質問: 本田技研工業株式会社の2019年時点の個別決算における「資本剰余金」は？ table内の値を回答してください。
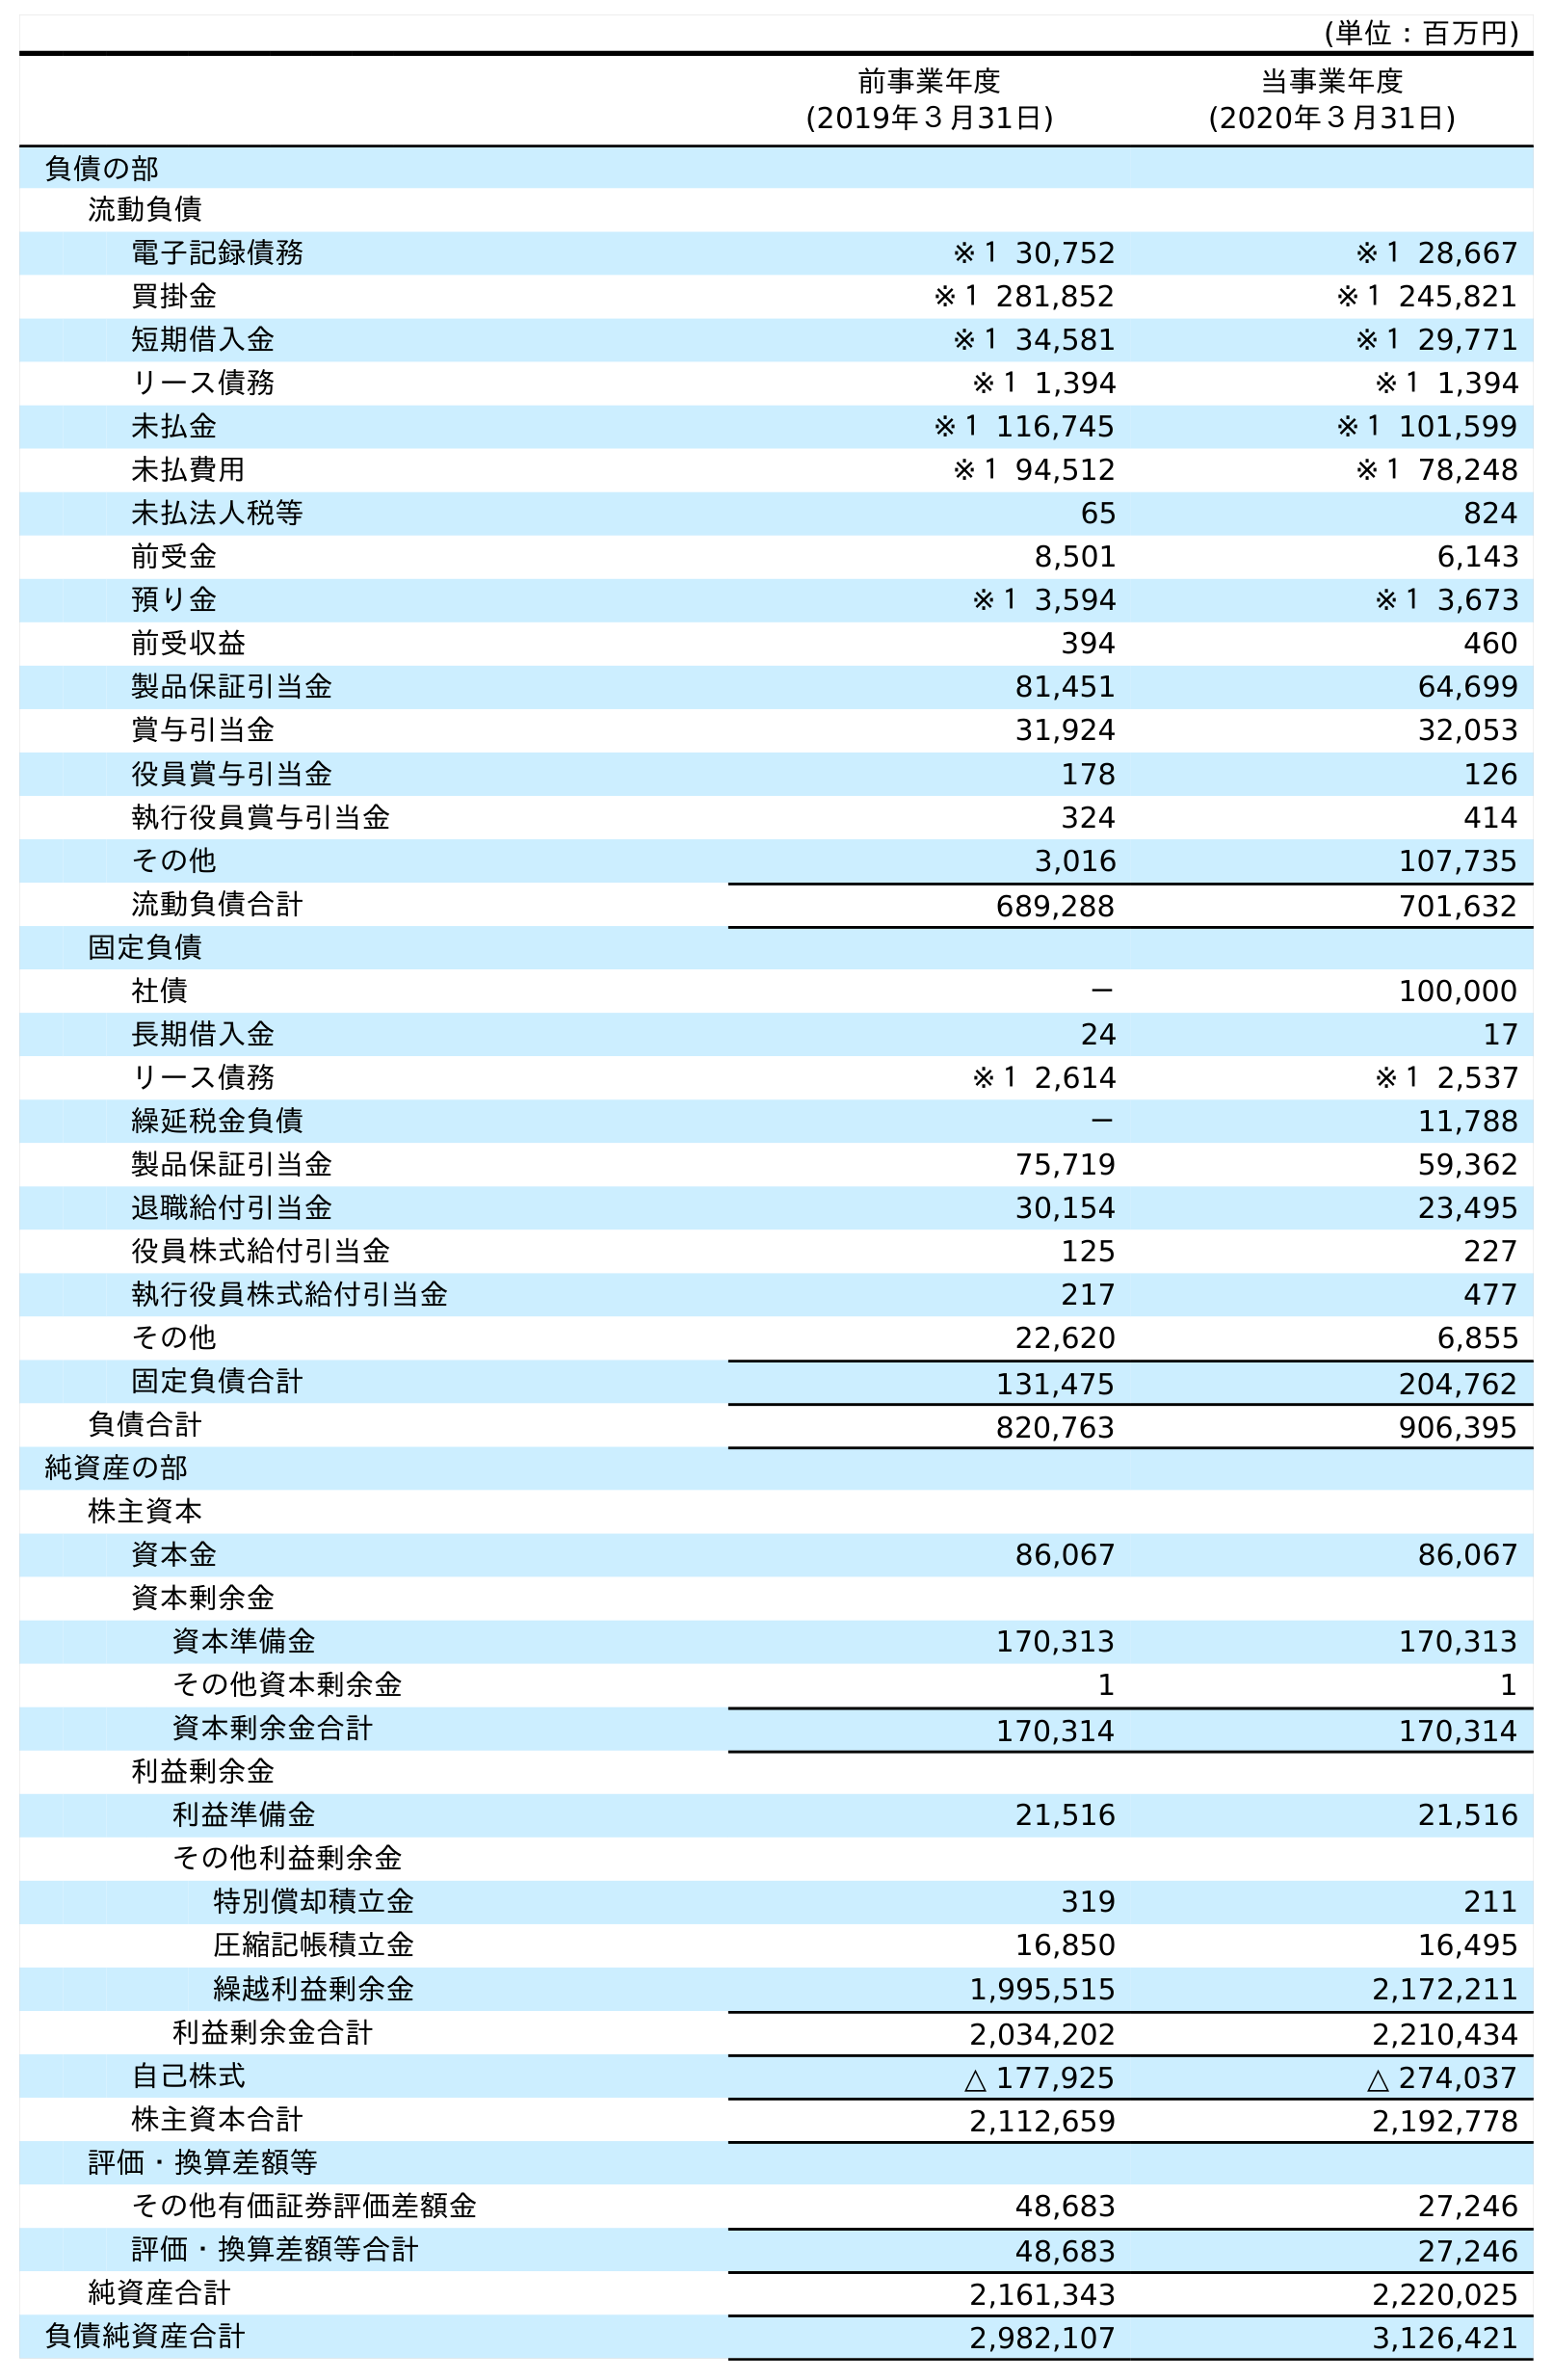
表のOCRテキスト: (単位：百万円) 前事業年度 (2019年３月31日) 当事業年度 (2020年３月31日) 負債の部 流動負債 電子記録債務 ※１ 30,752 ※１ 28,667 買掛金 ※１ 281,852 ※１ 245,821 短期借入金 ※１ 34,581 ※１ 29,771 リース債務 ※１ 1,394 ※１ 1,394 未払金 ※１ 116,745 ※１ 101,599 未払費用 ※１ 94,512 ※１ 78,248 未払法人税等 65 824 前受金 8,501 6,143 預り金 ※１ 3,594 ※１ 3,673 前受収益 394 460 製品保証引当金 81,451 64,699 賞与引当金 31,924 32,053 役員賞与引当金 178 126 執行役員賞与引当金 324 414 その他 3,016 107,735 流動負債合計 689,288 701,632 固定負債 社債 － 100,000 長期借入金 24 17 リース債務 ※１ 2,614 ※１ 2,537 繰延税金負債 － 11,788 製品保証引当金 75,719 59,362 退職給付引当金 30,154 23,495 役員株式給付引当金 125 227 執行役員株式給付引当金 217 477 その他 22,620 6,855 固定負債合計 131,475 204,762 負債合計 820,763 906,395 純資産の部 株主資本 資本金 86,067 86,067 資本剰余金 資本準備金 170,313 170,313 その他資本剰余金 1 1 資本剰余金合計 170,314 170,314 利益剰余金 利益準備金 21,516 21,516 その他利益剰余金 特別償却積立金 319 211 圧縮記帳積立金 16,850 16,495 繰越利益剰余金 1,995,515 2,172,211 利益剰余金合計 2,034,202 2,210,434 自己株式 △ 177,925 △ 274,037 株主資本合計 2,112,659 2,192,778 評価・換算差額等 その他有価証券評価差額金 48,683 27,246 評価・換算差額等合計 48,683 27,246 純資産合計 2,161,343 2,220,025 負債純資産合計 2,982,107 3,126,421
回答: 170,314